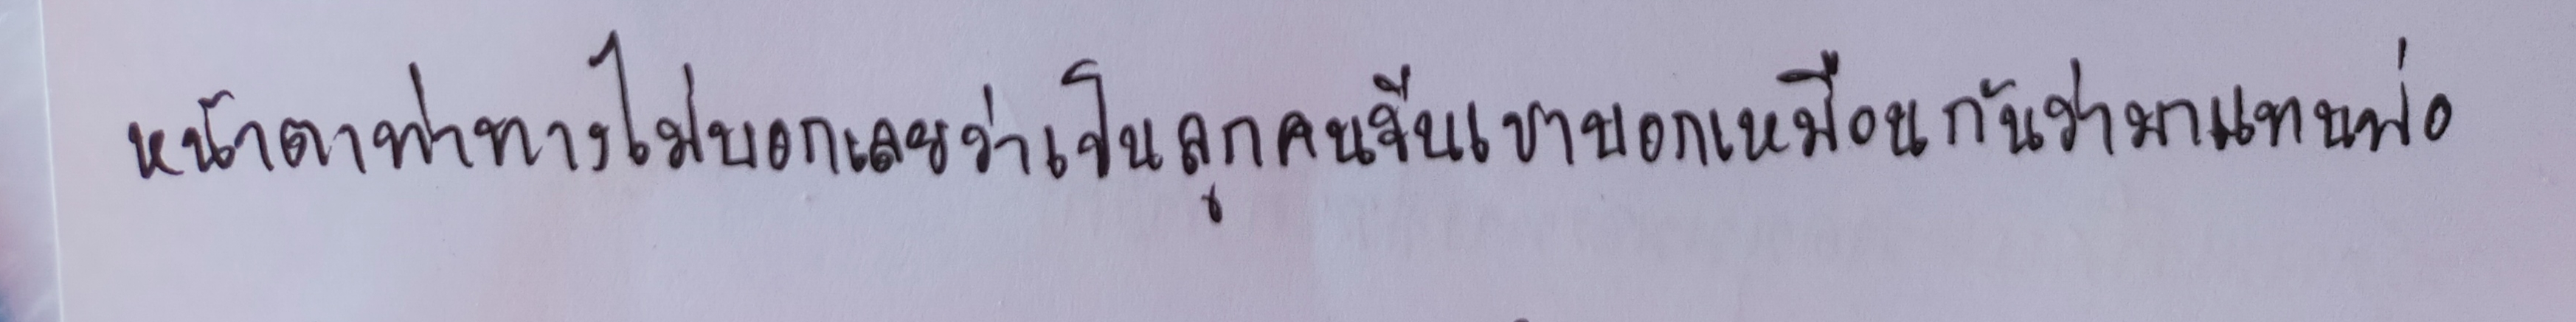
หน้าตาท่าทางไม่บอกเลยว่าเป็นลูกคนจีนเขาบอกเหมือนกันว่ามาแทนพ่อ